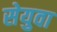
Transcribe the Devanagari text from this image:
सेयुवा